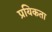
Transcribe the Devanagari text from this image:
प्रयिकता